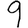
Digit: 9